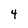
Character: 4